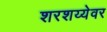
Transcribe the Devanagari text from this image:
शरशय्येवर